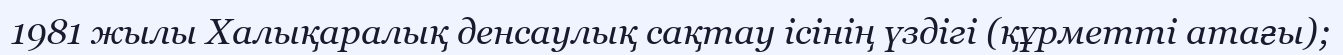
1981 жылы Халықаралық денсаулық сақтау ісінің үздігі (құрметті атағы);